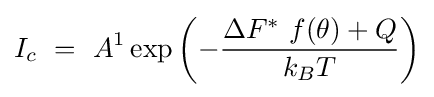
I_{c}\ =\ A^{1}\exp \left(-{\frac {\Delta F^{*}\ f(\theta )+Q}{k_{B}T}}\right)